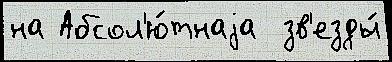
на Абсол'ю́тнаjа  зв'езды́